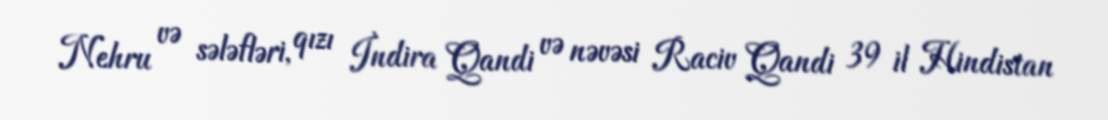
Nehru və sələfləri, qızı İndira Qandi və nəvəsi Raciv Qandi 39 il Hindistan